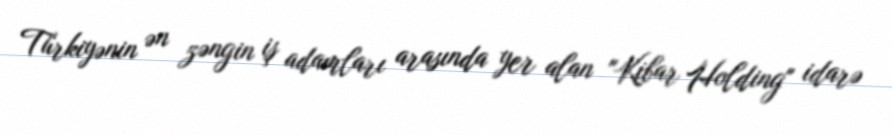
Türkiyənin ən zəngin iş adamları arasında yer alan "Kibar Holding" idarə